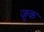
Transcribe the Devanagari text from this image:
ज़ूक